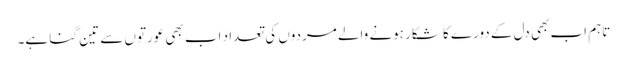
تاہم اب بھی دل کے دورے کا شکار ہونے والے مردوں کی تعداد اب بھی عورتوں سے تین گنا ہے۔